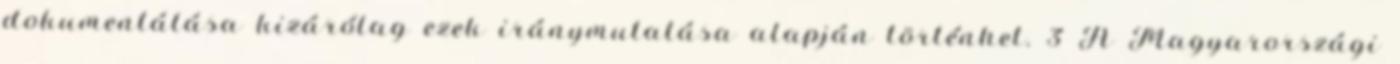
dokumentálása kizárólag ezek iránymutatása alapján történhet. 3 A Magyarországi